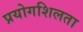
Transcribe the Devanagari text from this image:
प्रयोगशिलता